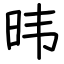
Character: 𬀩